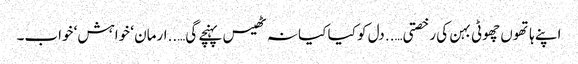
اپنے ہاتھوں چھوٹی بہن کی رخصتی…..دل کو کیا کیا نہ ٹھیس پہنچے گی…..ارمان ‘ خواہش‘ خواب۔